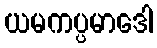
ယမကပ္ပမာဒေါ